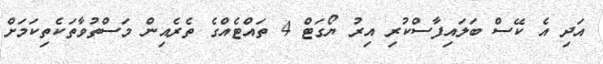
އަދި އެ ކޭސް ބަލައިފާސްކުރި އިރު ޔޯގަޓް 4 ތައްޓެއްގެ ތެރެއިން މަސްތުވާތަކެތިކަމަށް